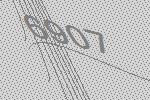
6907